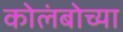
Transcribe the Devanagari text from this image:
कोलंबोच्या